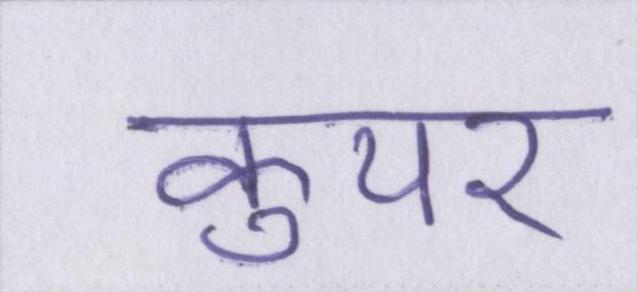
कुपर